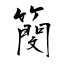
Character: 簢